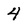
Character: 4